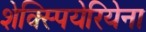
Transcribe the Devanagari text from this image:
शेक्स्पियेरियेना